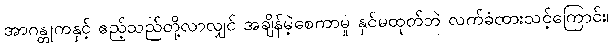
အာဂန္တုကနှင့် ဧည့်သည်တို့လာလျှင် အချိန်မဲ့စေကာမူ နှင်မထုတ်ဘဲ လက်ခံထားသင့်ကြောင်း၊